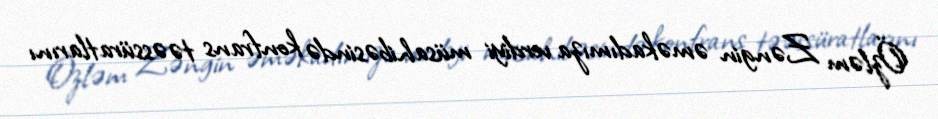
Özləm Zəngin əməkadımıza verdiyi müsahibəsində konfrans təəssüratlarını